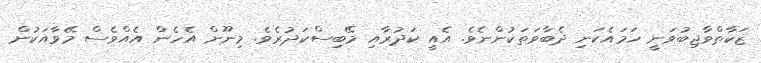
ޒަކާތްވާޖިބުވަނީ ހަމައެކަނި ދެބާވަތަކުންނެވެ. އެއީ ކަދުރާއި މޭބިސްކަދުރެވެ. މިނޫން އެހެން އެއްވެސް މޭވާއަކުން